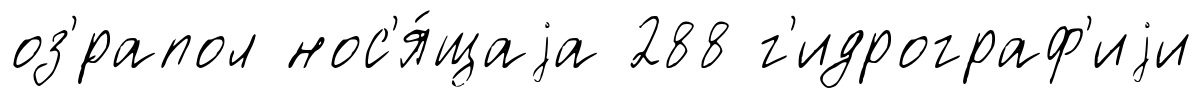
оз'́рапол нос'я́щаjа 288 г'идрограф'иjи